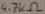
Text: 4.7KΩ